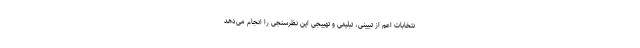
نتخابات اعم از تبیینی، تبلیغی و تهییجی این نظرسنجی را انجام می‌دهد